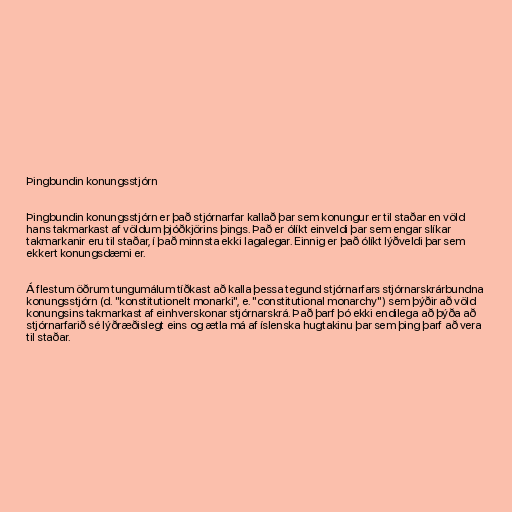
Þingbundin konungsstjórn

Þingbundin konungsstjórn er það stjórnarfar kallað þar sem konungur er til staðar en völd
hans takmarkast af völdum þjóðkjörins þings. Það er ólíkt einveldi þar sem engar slíkar
takmarkanir eru til staðar, í það minnsta ekki lagalegar. Einnig er það ólíkt lýðveldi þar sem
ekkert konungsdæmi er.

Á flestum öðrum tungumálum tíðkast að kalla þessa tegund stjórnarfars stjórnarskrárbundna
konungsstjórn (d. "konstitutionelt monarki", e. "constitutional monarchy") sem þýðir að völd
konungsins takmarkast af einhverskonar stjórnarskrá. Það þarf þó ekki endilega að þýða að
stjórnarfarið sé lýðræðislegt eins og ætla má af íslenska hugtakinu þar sem þing þarf að vera
til staðar.